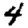
Digit: 4